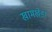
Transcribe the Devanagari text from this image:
खामखेडा